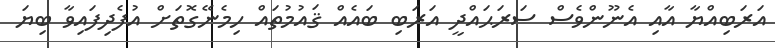
އަރަބިއްޔާ އާއި އެނޫންވެސް ސަރަޙައްދީ އަރަބި ބައެއް ޤައުމުތައް ހިމެނޭގޮތަށް އުފެދިފައިވާ ބިޔަ